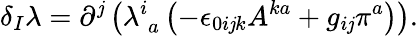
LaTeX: \delta_{I}\lambda=\partial^{\mathit{j}}\left(\lambda_{\; a}^{i}\left(-\epsilon_{0i\mathit{j}k}A^{ka}+g_{i\mathit{j}}\pi^{a}\right)\right).